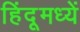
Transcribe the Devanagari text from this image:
हिंदूमध्यें